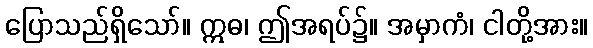
ပြောသည်ရှိသော်။ ဣဓ၊ ဤအရပ်၌။ အမှာကံ၊ ငါတို့အား။